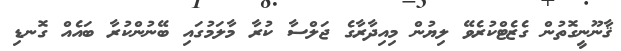
ޤާނޫނީގޮތުން ގެޒެޓްކުރެވޭ ލިޔުން މިއިދާރާގެ ޖަލްސާ ކުރާ މާލަމުގައި ބޭނުންކުރާ ބައެއް ގޮނޑި